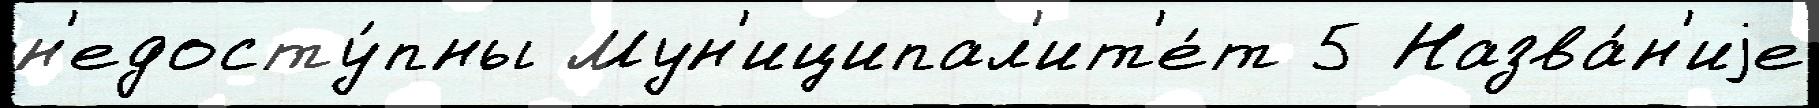
н'едосту́пны Мун'иципал'ит'е́т 5 Назва́н'иjе